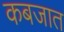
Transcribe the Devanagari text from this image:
कबजात